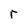
Character: r